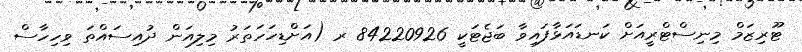
ޓޫރިޒަމް މިނިސްޓްރީއަށް ކަނޑައަޅާފައިވާ ބަޖެޓަކީ 84220926 ރ (އަށްޑިހަހަތަރު މިލިއަން ދުއިސައްތަ ވިހިހާސް